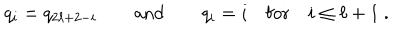
LaTeX: q _ { i } = q _ { 2 \ell + 2 - i } \qquad \mathrm { a n d } \qquad q _ { i } = i \quad \mathrm { f o r } \quad i \leq \ell + 1 ~ .